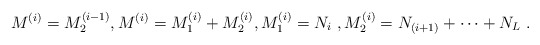
\begin{align*} M^{(i)} = M^{(i-1)}_2 ,M^{(i)}= M^{(i)}_1 + M^{(i)}_2, M^{(i)}_1 = N_i~, M^{(i)}_2 = N_{(i+1)} + \dots + N_L~. \end{align*}